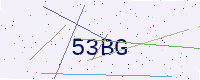
Text: 53BG